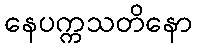
နေပက္ကသတိနော